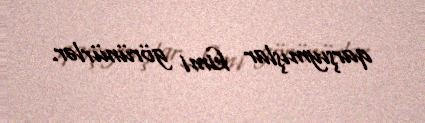
qarşıymışlar kimi görünürlər.